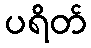
ပရိတ်